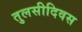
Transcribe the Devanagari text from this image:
तुलसीदिवस